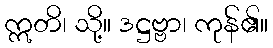
ဣတိ၊ သို့။ ဒဋ္ဌဗ္ဗာ၊ ကုန်၏။